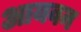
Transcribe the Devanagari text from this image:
आयवन